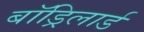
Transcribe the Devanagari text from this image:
बॉड्रिलार्ड